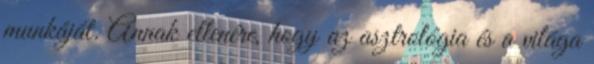
munkáját. Annak ellenére, hogy az asztrológia és a világa